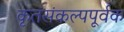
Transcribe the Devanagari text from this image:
कृतसंकल्पपूर्वक